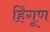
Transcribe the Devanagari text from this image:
हिंगूण